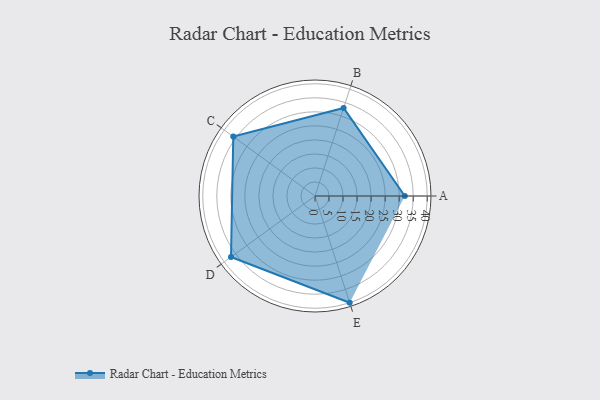
{"axis": {"x": "Skill", "y": "Score"}, "legend": ["Profile"], "data": [{"x": "A", "y": 32.0, "type": "Profile"}, {"x": "B", "y": 33.0, "type": "Profile"}, {"x": "C", "y": 36.0, "type": "Profile"}, {"x": "D", "y": 37.0, "type": "Profile"}, {"x": "E", "y": 40.0, "type": "Profile"}]}